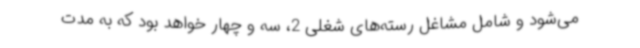
می‌شود و شامل مشاغل رسته‌های شغلی 2، سه و چهار خواهد بود که به مدت